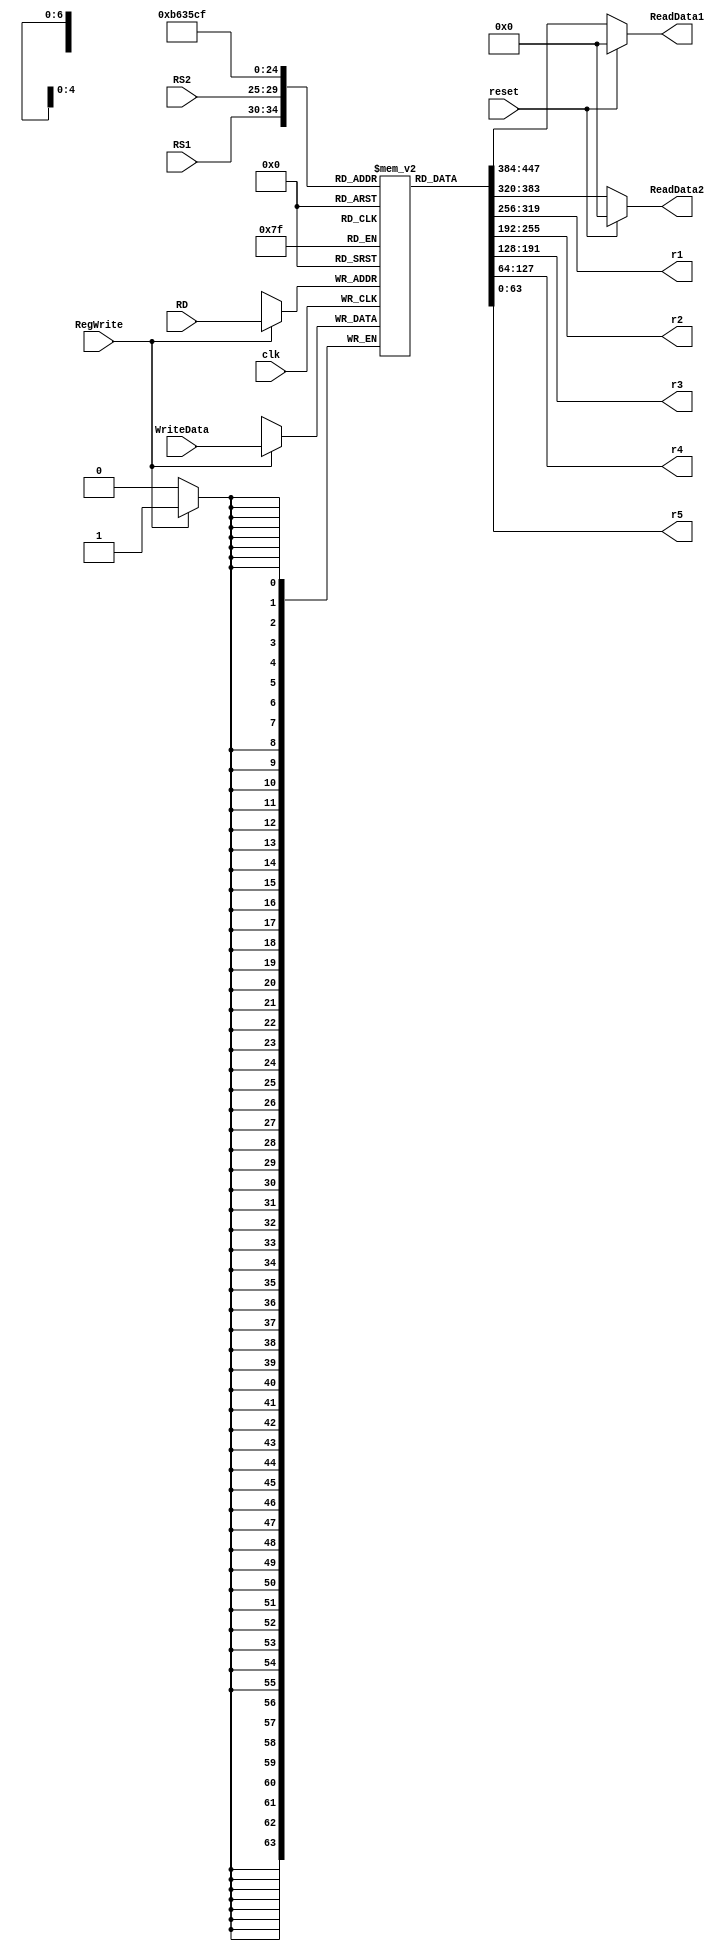
module registerFile
(
    input clk, reset, RegWrite,
    input [63:0] WriteData,
    input [4:0] RS1, RS2, RD,
    output reg [63:0] ReadData1, ReadData2,
    output [63:0] r1,
    output [63:0] r2,
    output [63:0] r3,
    output [63:0] r4,
    output [63:0] r5
);

reg [63:0] Registers [31:0];
integer i;

initial
begin
    for (i = 0; i < 32; i = i + 1)
            Registers[i] = 64'd0;
    Registers[12] = 64'd7;
    Registers[13] = 64'd8;
end


always @(negedge clk ) begin
    
    if (RegWrite) begin
        Registers[RD] = WriteData;
    end
end

always@(*) begin
    ReadData1 = reset ? 0 : Registers[RS1];
    ReadData2 = reset ? 0 : Registers[RS2];
end

  assign r1 = Registers[11];
  assign r2 = Registers[12];
  assign r3 = Registers[13];
  assign r4 = Registers[14];
  assign r5 = Registers[15];

endmodule